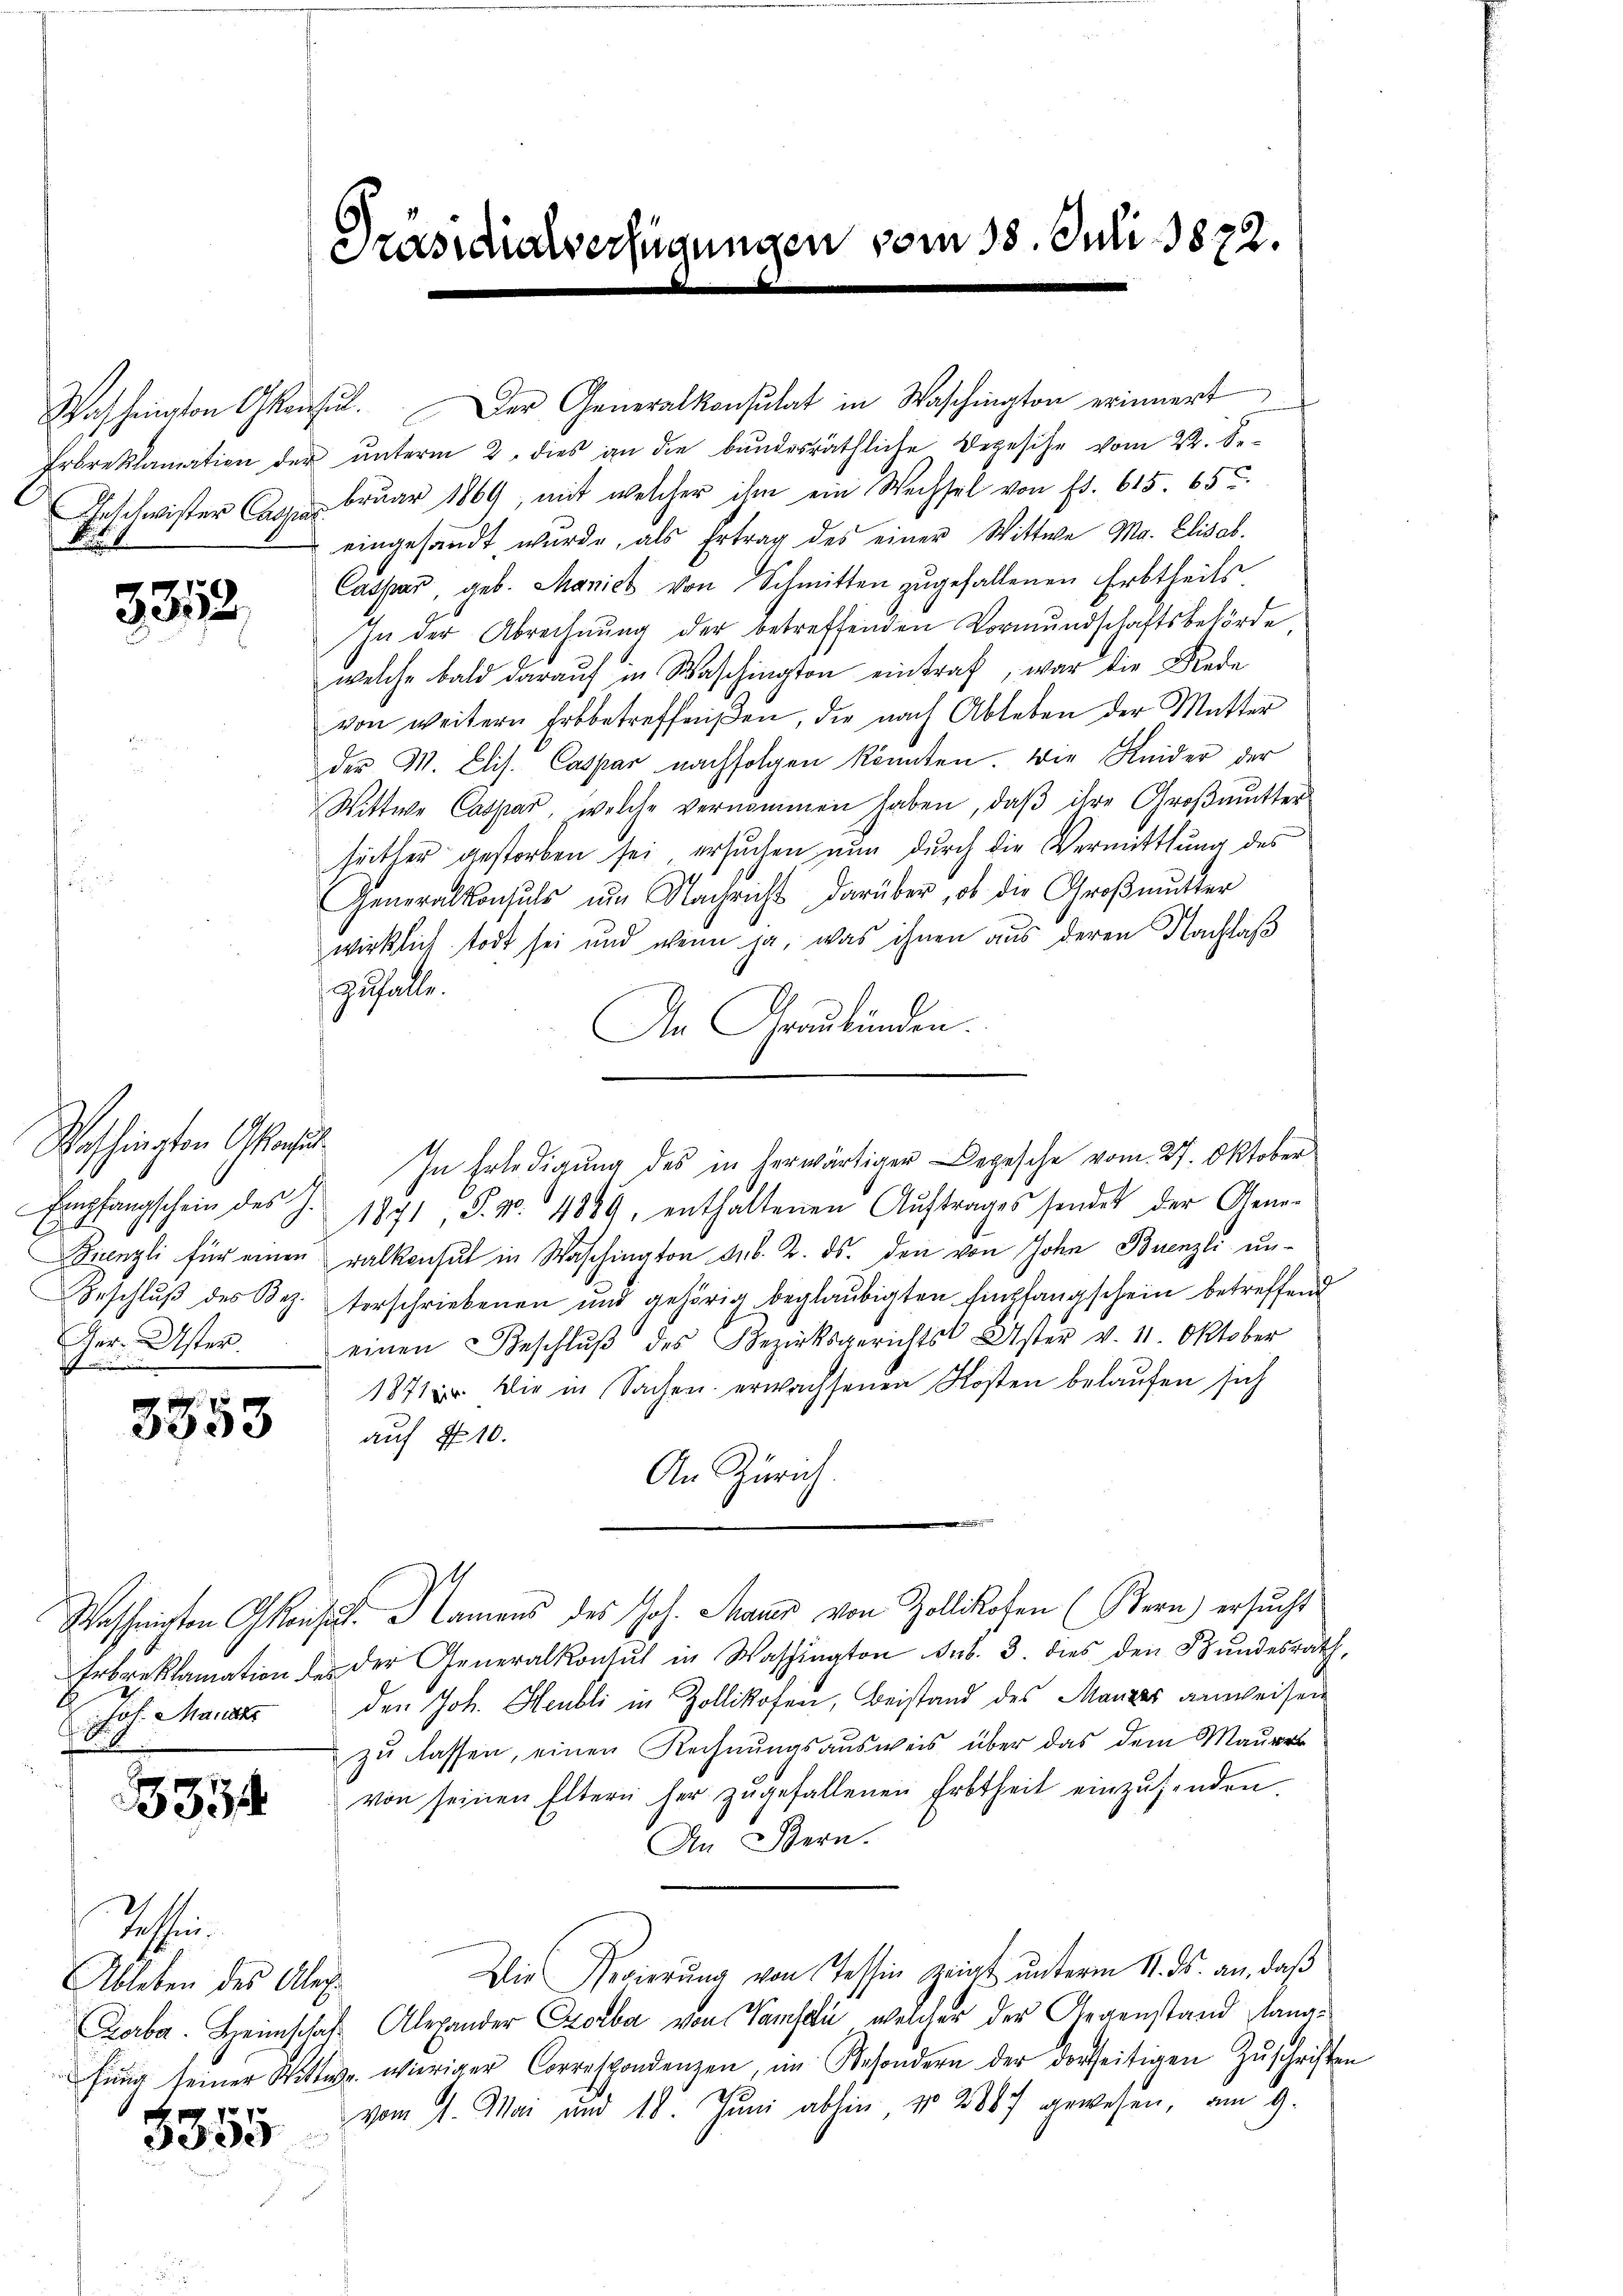
t

3352

Washingten Consul
Empfangschein des J.
Ger. Uster.

3353

Joh. Mande

5354

Johin
Ableben des Alex

5355.

Präsidialverfügungen vom 18. Juli 1872.

Washington Gensŭl. Der Generalkonsulat in Waschington erinnert
Erbreklamation der unterm 2. dies an die bundesräthliche Depesche vom 22. De¬
Geschwister Cagus bruar 1869, mit welcher ihm ein Wechsel von Fr. 615. 65
eingesandt wurde, als Ertrag des einer Wittwe Ma. Elisab.
Caspar, geb. Manick von Schmitten zugefallenen Erbtheils.
zu der Abrechnung der betreffenden Vormundschaftsbehörde
welche bald daraŭf in Waschington eintraf, war die Rede
von weitern Erbbetreffensen, die nach Ableben der Mutter
der M. Elis. Caspar nachfolgen könnten. Die Heider der
Wittwe Caspar, welche vernommen haben, daß ihre Großmutter
seither gestorben sei, ersuchen nun durch die Vermittlung des
Generalkonsuls um Nachricht darüber, ob die Großmutter
wirklich todt sei und wenn ja, was ihnen aus deren Nachlaß
Zufalle.
An Graubünden.
1871, S. No. 4889, enthaltenen Aŭftrages sendet der Gene-
Grenzli für einen ralkonsul in Waschington sub. 2. ds. den von John Buenzli un¬
Beschlŭβ des Bez. verschriebenen und gehörig beglaubigten Empfangschein betreffend
einen Beschlŭβ des Bezirksgerichts Uster v. 11. Oktober
1871 die in Sachen erwachsenen Kosten belaŭfen sich
auf 10.
An Zürich
e
Wassengten konsul, Namens des Joh. Mann von Zollikofen (Bern) ersucht
Erbenklamation der der Generalkonsul in Washington sub. 3. dies den Bŭndesrath,
den Joh. Heubli in Zollikofen, Beistand des Manzer anweisen
zu lassen, einen Rechnungsausweis über das dem Mauer
von seinen Eltern her zŭgefallenen Erbtheil einzŭsenden.
An Stern.
Die Regierŭng von Tessin zeigt ŭnterm 11. ds. an, daβ
Lerbar. Heimschaft Alexander Eroba von Vamseli, welcher der Gegenstand langfŭng seiner Wittwe wieriger Correspondenzen, im Besondern der dortseitigen Zŭschriften
vom 1. Mai und 18. Juni abhin No 2887 gewesen, am 9.

In Erledigung des in herwärtiger Begesche vom 27. Oktober